Report on sanitation, dispensaries, and jails in Rajputana for 1910, and on vaccination for the year 1910-1911 - 1910-1911
Year: 1910
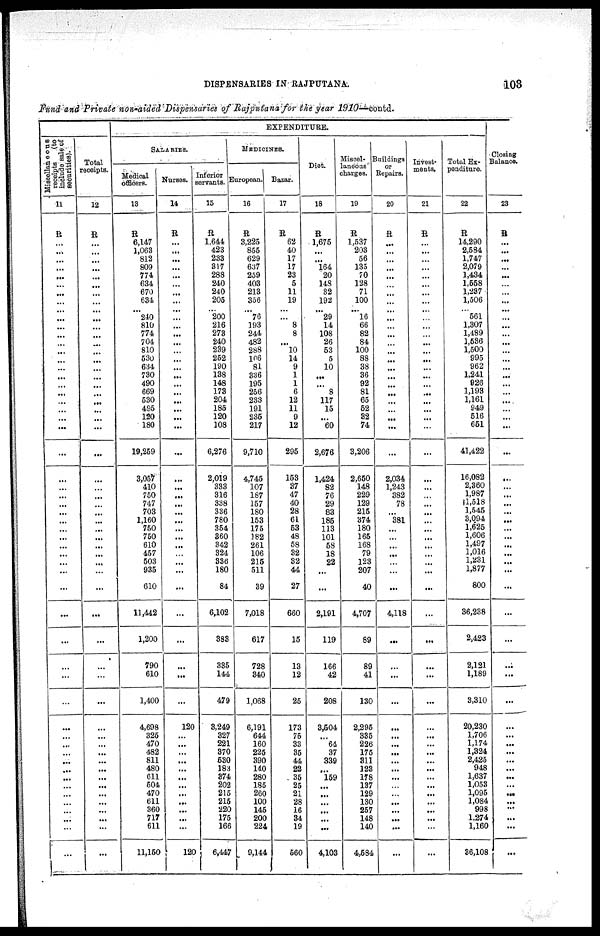
DISPENSARIES IN RAJPUTANA.
103
Fund and Private non-aided Dispensaries of Rajputana for the year 1910— contd.
Miscellaneous
receipts
(to
include sale of
securities).
11
R
...
...
...
...
...
...
...
...
...
...
...
...
...
...
...
...
...
...
...
...
...
...
...
...
...
...
...
...
...
...
...
...
...
...
...
...
...
...
...
...
...
...
...
...
...
...
...
...
...
...
...
...
...
...
...
...
Total
receipts.
12
R
...
...
...
...
...
...
...
...
...
...
...
...
...
...
...
...
...
...
...
...
...
...
...
...
...
...
...
...
...
...
...
...
...
...
...
...
...
...
...
...
...
...
...
...
...
...
...
...
...
...
...
...
...
...
...
...
EXPENDITURE.
SALARIES.
Medical
officers.
13
R
6,147
1,063
812
809
774
634
670
634
... 240
810
774
704
810
530
634
730
490
669
530
495
120
180
19,259
3,057
410
750
747
703
1,160
750
750
610
457
503
935
610
11,442
1,200
790
610
1,400
4,698
325
470
482
811
480
611
504
470
611
360
717
611
11,150
Nurses.
14
R
...
...
...
...
...
...
...
...
...
...
...
...
...
...
...
...
...
...
...
...
...
...
...
...
...
...
...
...
...
...
...
...
...
...
...
...
...
...
...
...
...
...
120
...
...
...
...
...
...
...
...
...
...
...
...
120
Inferior
servants.
15
R
1,644
423
233
317
288
240
240
205
... 200
216
273
240
239
252
190
138
148
173
204
185
120
108
6,276
2,019
333
316
338
336
780
354
360
342
324
336
180
84
6,102
383
335
144
479
3,249
327
221
370
530
183
374
202
215
215
220
175
166
6,447
MEDICINES.
European.
16
R
3,225
855
629
637
259
403
213
356
... 76
193
244
482
288
106
81
336
195
256
233
191
235
217
9,710
4,745
107
187
157
180
153
175
182
261
106
215
511
39
7,018
617
728
340
1,068
6,191
644
160
225
390
140
280
185
260
100
145
200
224
9,144
Bazar.
17
R
62
40
17
17
23
5
11
19
...
...
8
8
...
10
14
9
1
1
6
12
11
9
12
295
153
37
47
40
28
61
53
48
58
32
32
44
27
660
15
13
12
25
173
75
33
35
44
22
35
25
21
28
16
34
19
560
Diet.
18
R
1,675
...
...
164
20
148
32
192
... 29
14
108
26
53
5
10
...
...
8
117
15
...
60
2,676
1,424
82
76
29
83
185
113
101
58
18
22
...
...
2,191
119
166
42
208
3,504
...
64
37
339
...
159
...
...
...
...
...
...
4,103
Miscel¬
laneous
charges.
19
R
1,537
203
56
135
70
128
71
100
... 16
66
82
84
100
88
38
36
92
81
65
52
32
74
3,206
2,650
148
229
129
215
374
180
165
168
79
123
207
40
4,707
89
89
41
130
2,295
335
226
175
311
123
178
137
129
130
257
148
140
4,584
Buildings
or
Repairs.
20
R
...
...
...
...
...
...
...
...
... ...
...
...
...
...
...
...
...
...
...
...
...
...
...
...
2,034
1,243
382
78
...
381
...
...
...
...
...
...
...
4,118
...
...
...
...
...
...
...
...
...
...
...
...
...
...
...
...
...
...
Invest-
ments.
21
R
...
...
...
...
...
...
...
...
...
...
...
...
...
...
...
...
...
...
...
...
...
...
...
...
...
...
...
...
...
...
...
...
...
...
...
...
...
...
...
...
...
...
...
...
...
...
...
...
...
...
...
...
...
...
...
...
Total Ex-
penditure.
22
R
14,290
2,584
1,747
2,079
1,434
1,558
1,237
1,506
... 561
1,307
1,489
1,536
1,500
995
962
1,241
926
1,193
1,161
949
516
651
41,422
16,082
2,360
1,987
1,518
1,545
3,094
1,625
1,606
1,497
1,016
1,231
1,877
800
36,238
2,423
2,121
1,189
3,310
20,230
1,706
1,174
1,324
2,425
948
1,637
1,053
1,095
1,084
998
1,274
1,160
36,108
Closing
Balance.
23
R
...
...
...
...
...
...
...
...
...
...
...
...
...
...
...
...
...
...
...
...
...
...
...
...
...
...
...
...
...
...
...
...
...
...
...
...
...
...
...
...
...
...
...
...
...
...
...
...
...
...
...
...
...
...
...
...